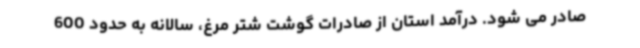
صادر می شود. درآمد استان از صادرات گوشت شتر مرغ، سالانه به حدود 600